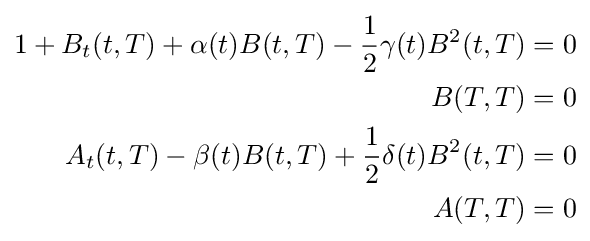
{\begin{aligned}1+B_{t}(t,T)+\alpha (t)B(t,T)-{\frac {1}{2}}\gamma (t)B^{2}(t,T)&=0\\B(T,T)&=0\\A_{t}(t,T)-\beta (t)B(t,T)+{\frac {1}{2}}\delta (t)B^{2}(t,T)&=0\\A(T,T)&=0\end{aligned}}